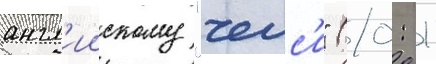
англ'иискому "челс'и" (0: 1